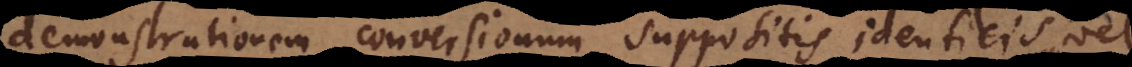
demonstrationem conversionum suppositis identicis et